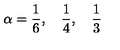
\alpha = \frac { 1 } { 6 } , \quad \frac { 1 } { 4 } , \quad \frac { 1 } { 3 }